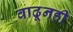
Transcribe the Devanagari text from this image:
वाढूनही